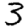
Digit: 3